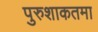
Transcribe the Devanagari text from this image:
पुरुशाकतमा